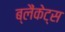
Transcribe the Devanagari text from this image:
ब्लैंकेट्स